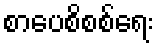
စာပေစိစစ်ရေး